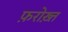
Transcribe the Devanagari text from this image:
फ़रोख़्त